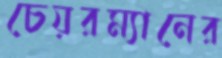
চেয়রম্যানের